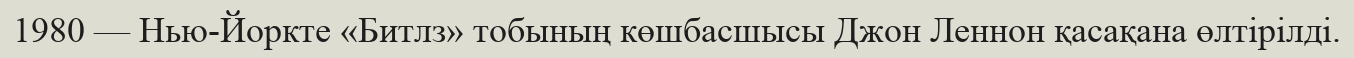
1980 — Нью-Йоркте «Битлз» тобының көшбасшысы Джон Леннон қасақана өлтірілді.